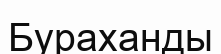
Бураханды